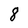
Character: 8